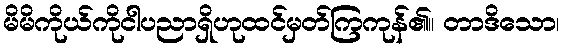
မိမိကိုယ်ကိုငါပညာရှိဟုထင်မှတ်ကြကုန်၏။ တာဒိသော၊